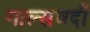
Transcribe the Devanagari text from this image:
गाल्‍सवर्दी